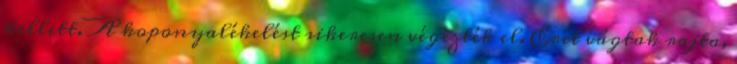
kellett. A koponyalékelést sikeresen végezték el. Eret vágtak rajta,